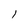
Character: l